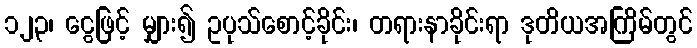
၁၂၃၊ ငွေဖြင့် မျှား၍ ဥပုသ်စောင့်ခိုင်း၊ တရားနာခိုင်းရာ ဒုတိယအကြိမ်တွင်